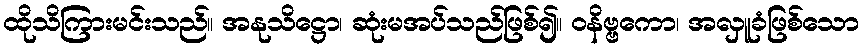
ထိုသိကြားမင်းသည်။ အနုသိဋ္ဌော၊ ဆုံးမအပ်သည်ဖြစ်၍။ ဝနိဗ္ဗကော၊ အလှူခံဖြစ်သော